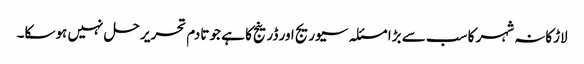
لاڑکانہ شہر کا سب سے بڑا مسئلہ سیوریج اور ڈرینج کا ہے جو تادم تحریر حل نہیں ہوسکا۔